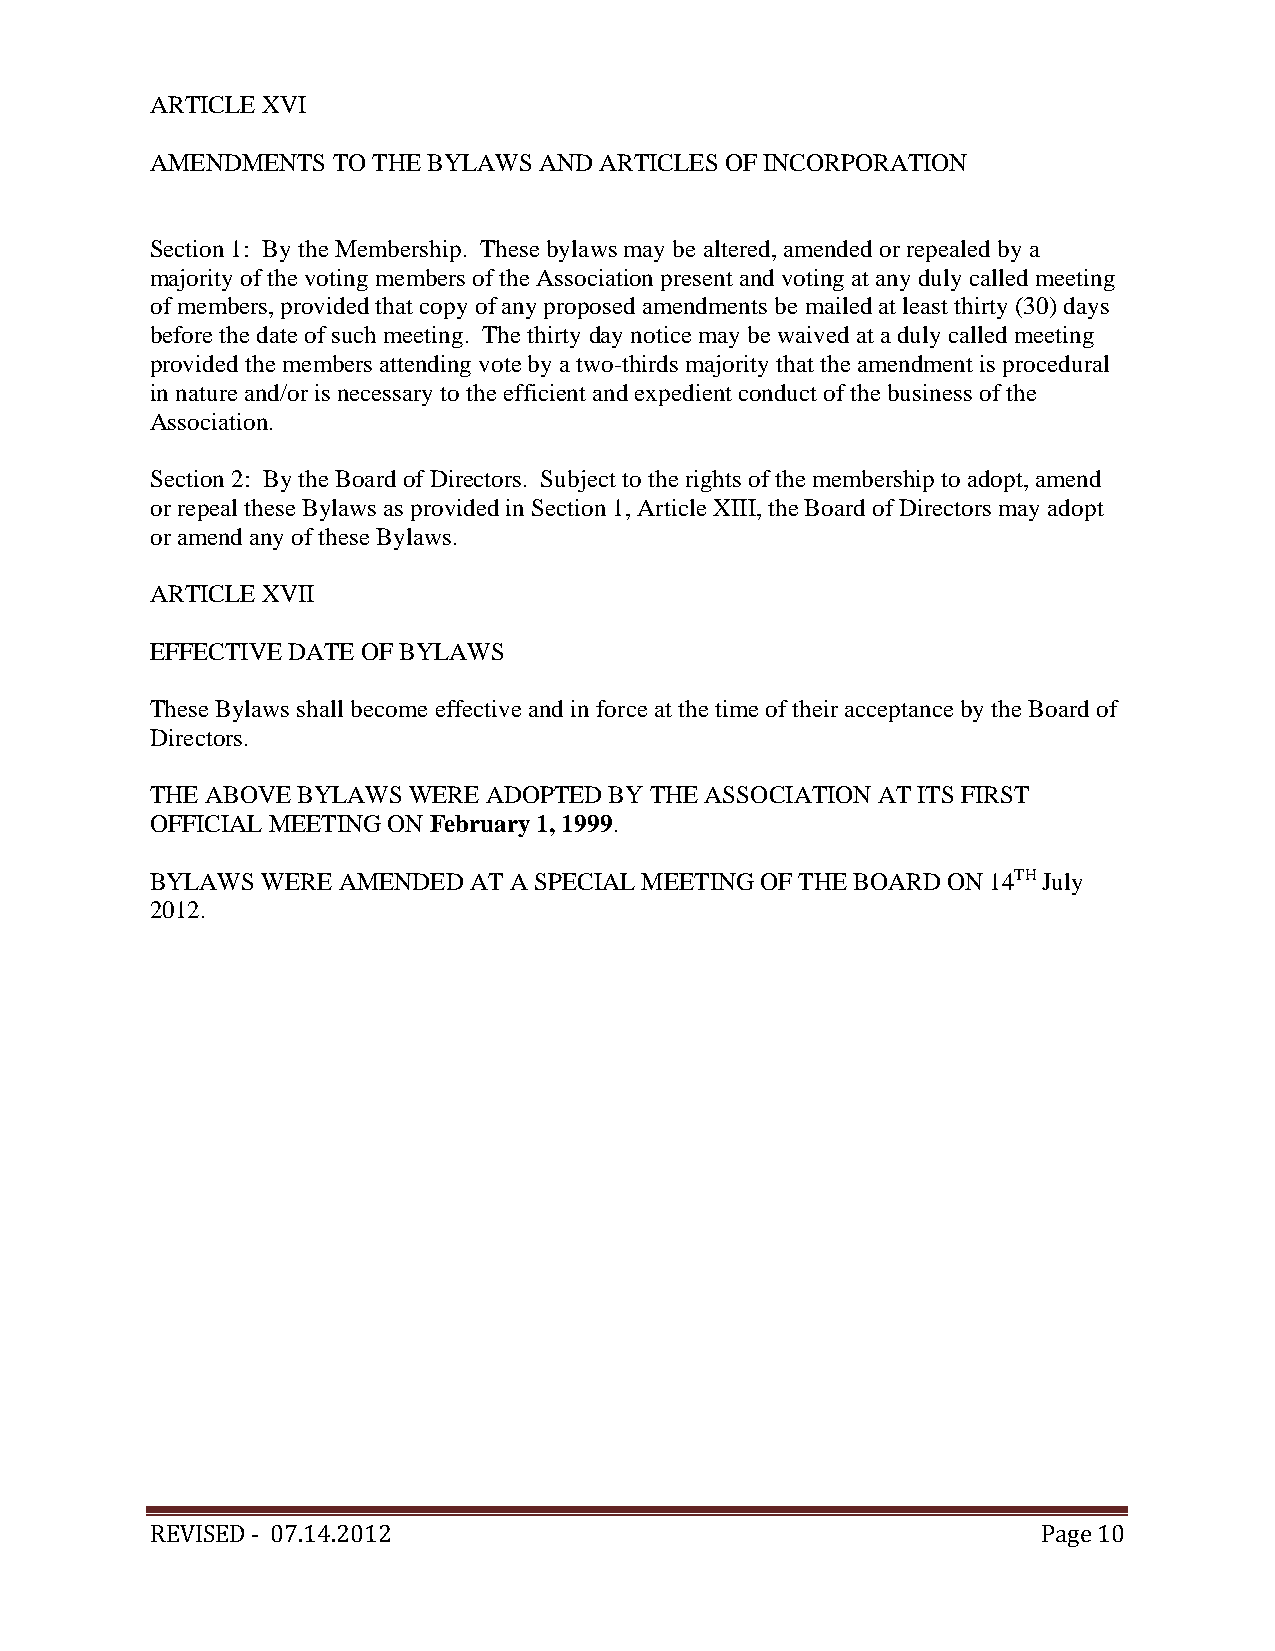
ARTICLE XVI
 AMENDMENTS  TO THE BYLAWS AND ARTICLES OF INCORPORATION
 Section 1: By the Membership. These bylaws may be altered, amended or repealed by a
 majority of the voting members of the Association present and voting at any duly called meeting
 of members, provided that copy of any proposed amendments be mailed at least thirty (30) days
 before the date of such meeting. The thirty day notice may be waived at a duly called meeting
 provided the members attending vote by a two-thirds majority that the amendment is procedural
 in nature and/or is necessary to the efficient and expedient conduct of the business of the
 Association.
 Section 2: By the Board of Directors. Subject to the rights of the membership to adopt, amend
 or repeal these Bylaws as provided in Section 1, Article XIII, the Board of Directors may adopt
 or amend any of these Bylaws.
 ARTICLE XVII
 EFFECTIVE DATE OF BYLAWS
 These Bylaws shall become effective and in force at the time of their acceptance by the Board of
 Directors.
 THE ABOVE BYLAWS WERE ADOPTED BY THE ASSOCIATION AT ITS FIRST
 OFFICIAL MEETING ON February 1, 1999.
 BYLAWS WERE AMENDED  AT A SPECIAL MEETING OF THE BOARD ON 14TH July
 2012.
 REVISED ‐ 07.14.2012                                       Page 10